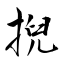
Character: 掜